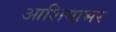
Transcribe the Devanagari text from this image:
आशियाभर